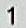
1